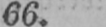
66.